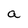
Character: a